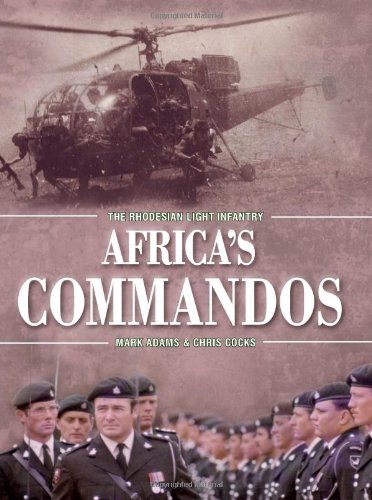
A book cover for AFRICA'S COMMANDOS: The Rhodesian Light Infantry from Border Control to Airborne Strike Force; Mark Adams; History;